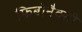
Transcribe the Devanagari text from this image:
फिबोनैक्सी